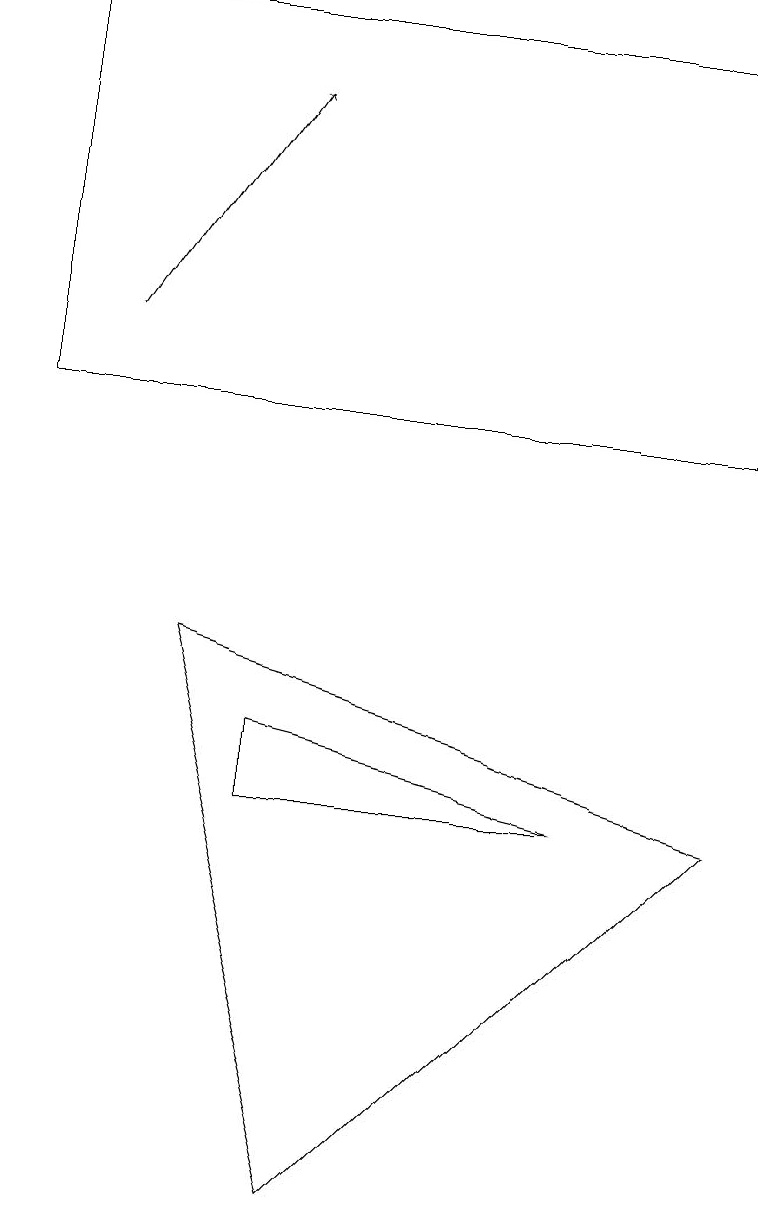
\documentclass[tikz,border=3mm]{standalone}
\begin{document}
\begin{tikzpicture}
\draw (3,7) -- (7,6) -- (3,6) -- cycle;
\draw (0,11) rectangle (9,16);
\draw[->] (1,12) -- (3,15);
\draw (4,1) -- (2,8) -- (9,6) -- cycle;
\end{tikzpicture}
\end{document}